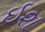
ઇશ